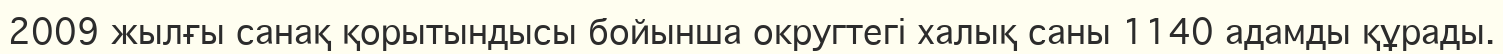
2009 жылғы санақ қорытындысы бойынша округтегі халық саны 1140 адамды құрады.